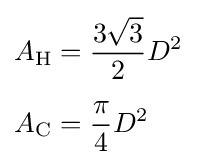
{\begin{aligned}A_{\mathrm {H} }&={\frac {3{\sqrt {3}}}{2}}D^{2}\\[4pt]A_{\mathrm {C} }&={\frac {\pi }{4}}D^{2}\end{aligned}}